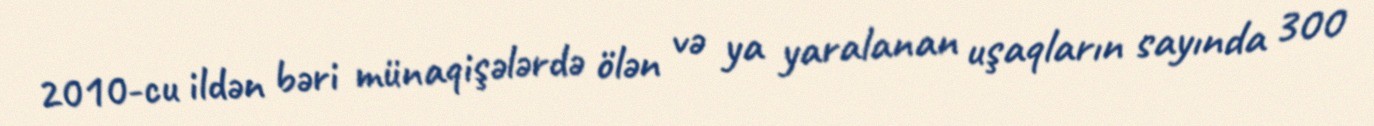
2010-cu ildən bəri münaqişələrdə ölən və ya yaralanan uşaqların sayında 300